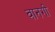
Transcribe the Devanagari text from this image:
वानगी